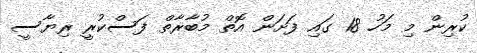
ކުރިން މި މަހު 18 ގައި ފަށަން އޮތް މުބާރާތް ފަސްކުރީ ރިޔާސީ